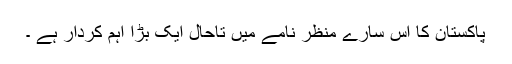
پاکستان کا اس سارے منظر نامے میں تاحال ایک بڑا اہم کردار ہے ۔